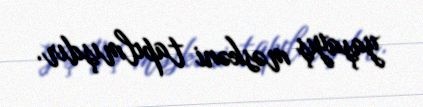
yaşayış məskəni tapılmışdır.